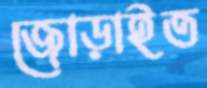
জোড়াইত